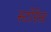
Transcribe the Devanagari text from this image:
स्टोरेस